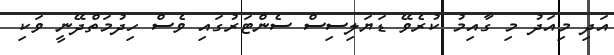
އަދި މިއަދު މި ގާއިމު ކުރެވޭ ޑަޔަލިސިސް ސެންޓަރުގައި ވެސް ހިދުމަތްދޭނީ ވަކި